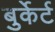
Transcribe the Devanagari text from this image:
बुर्केर्ट